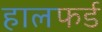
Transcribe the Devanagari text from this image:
हालफर्ड